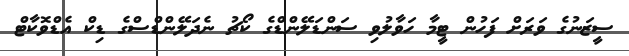
ސީޒަނުގެ ވަރަށް ފަހުން ޓީމާ ހަވާލުވި ސަންޑަލޭންޑްގެ ކޯޗު ނެދަލޭންޑްސްގެ ޑިކް އެޑްވޮކާޓް